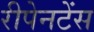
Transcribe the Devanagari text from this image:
रीपेनटेंस